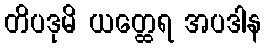
တိပဒုမိ ယတ္ထေရ အပဒါန